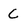
Character: C